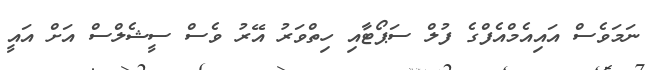
ނަމަވެސް އައިއެމްއެފްގެ ފުލް ސަޕޯޓާއި ހިތްވަރު އޭރު ވެސް ސީޝެލްސް އަށް އައީ